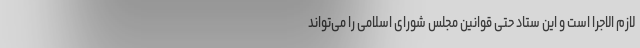
لازم الاجرا است و این ستاد حتی قوانین مجلس شورای اسلامی را می‌تواند